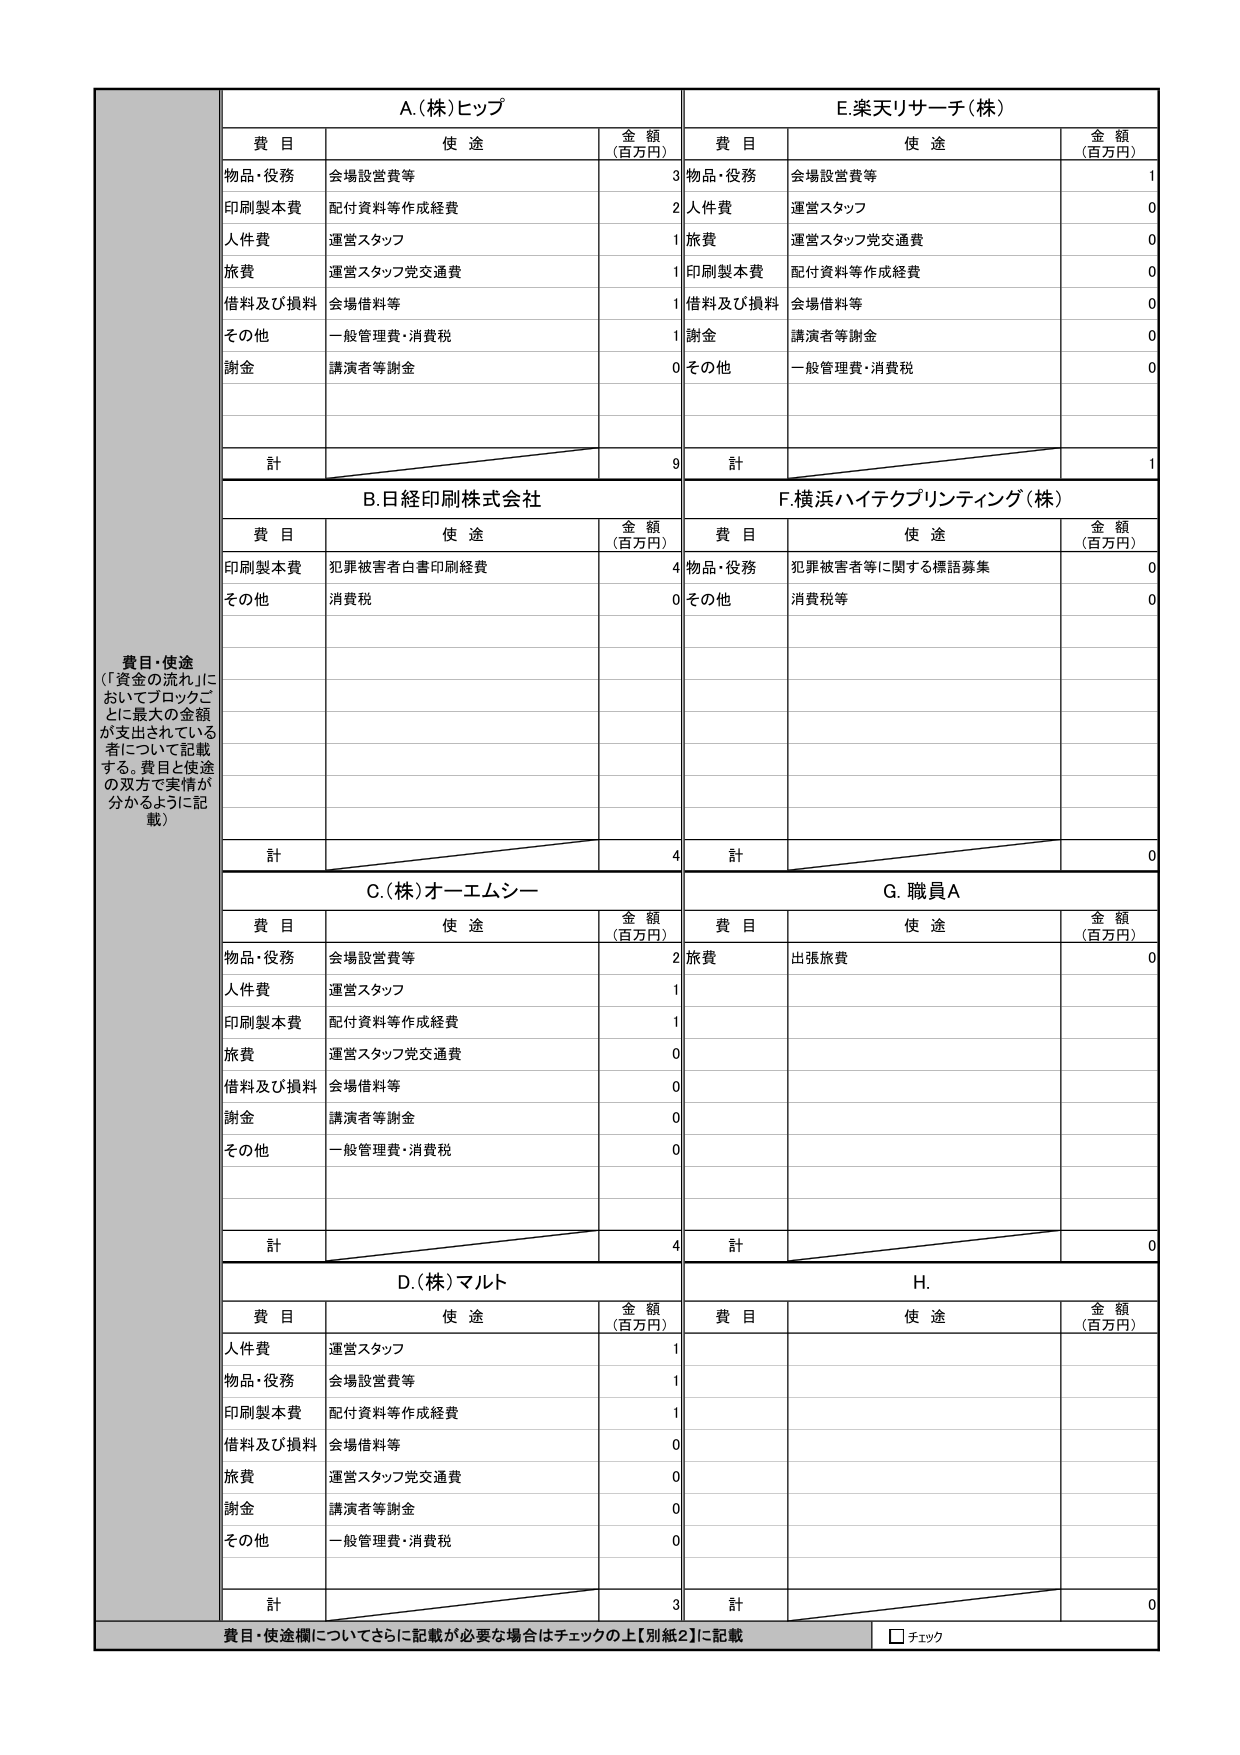
A.(株)ヒップ
費目 使途 金額（百万円）
物品・役務 会場設営費等 3
印刷製本費 配付資料等作成経費 2
人件費 運営スタッフ 1
旅費 運営スタッフ交通費 1
借料及び損料 会場借料等 1
その他 一般管理費・消費税 1
謝金 講演者等謝金 0
計 9

E.楽天リサーチ(株)
費目 使途 金額（百万円）
物品・役務 会場設営費等 1
人件費 運営スタッフ 0
旅費 運営スタッフ交通費 0
印刷製本費 配付資料等作成経費 0
借料及び損料 会場借料等 0
謝金 講演者等謝金 0
その他 一般管理費・消費税 0
計 1

B.日経印刷株式会社
費目 使途 金額（百万円）
印刷製本費 犯罪被害者白書印刷経費 4
その他 消費税 0
計 4

F.横浜ハイテクプリントイング(株)
費目 使途 金額（百万円）
物品・役務 犯罪被害者等に関する標語募集 0
その他 消費税等 0
計 0

C.(株)オーエムシー
費目 使途 金額（百万円）
物品・役務 会場設営費等 2
人件費 運営スタッフ 1
印刷製本費 配付資料等作成経費 1
旅費 運営スタッフ交通費 0
借料及び損料 会場借料等 0
謝金 講演者等謝金 0
その他 一般管理費・消費税 0
計 4

G.職員A
費目 使途 金額（百万円）
旅費 出張旅費 0
計 0

D.(株)マルト
費目 使途 金額（百万円）
人件費 運営スタッフ 1
物品・役務 会場設営費等 1
印刷製本費 配付資料等作成経費 1
借料及び損料 会場借料等 0
旅費 運営スタッフ交通費 0
謝金 講演者等謝金 0
その他 一般管理費・消費税 0
計 3

H.
費目 使途 金額（百万円）
計 0

費目・使途欄についてさらに記載が必要な場合はチェックの上【別紙2】に記載
□ チェック

費目・使途
（「資金の流れ」においてブロックごとに最大の金額が支出されている者について記載する。費目と使途の双方で実情が分かるように記載）